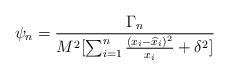
\begin{align*}\psi_n= {\Gamma_n\over M^2[\sum_{i=1}^n {(x_i-{\widehat x}_i)^2\over x_i} + \delta^2]}\end{align*}